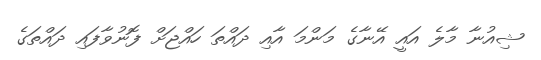
ޝިއުނާ މާލެ އައީ އޭނާގެ މަންމަ އާއި ދައްތަ ހައްޖަށް ފޮނުވާފައި ދައްތަގެ